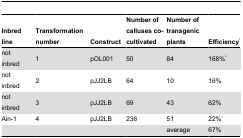
<table><thead><tr><td><b>Inbred line</b></td><td><b>Transformation number</b></td><td><b>Construct</b></td><td><b>Number of calluses co-cultivated</b></td><td><b>Number of transgenic plants</b></td><td><b>Efficiency<sup>1</sup></b></td></tr></thead><tbody><tr><td>not inbred</td><td>1</td><td>pOL001</td><td>50</td><td>84</td><td>168%<sup>2</sup></td></tr><tr><td>not inbred</td><td>2</td><td>pJJ2LB</td><td>64</td><td>10</td><td>16%</td></tr><tr><td>not inbred</td><td>3</td><td>pJJ2LB</td><td>69</td><td>43</td><td>62%</td></tr><tr><td>Ain-1</td><td>4</td><td>pJJ2LB</td><td>236</td><td>51</td><td>22%<sup>3</sup></td></tr><tr><td></td><td></td><td></td><td></td><td>average</td><td>67%</td></tr></tbody></table>